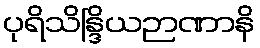
ပုရိသိန္ဒြိယဉာဏာနိ